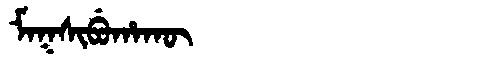
Manchu: ᠮᠠᡴᠰᡳᠪᡠᡥᠠᡴᡡ
Romanization: MAKSIBUHAKŪ